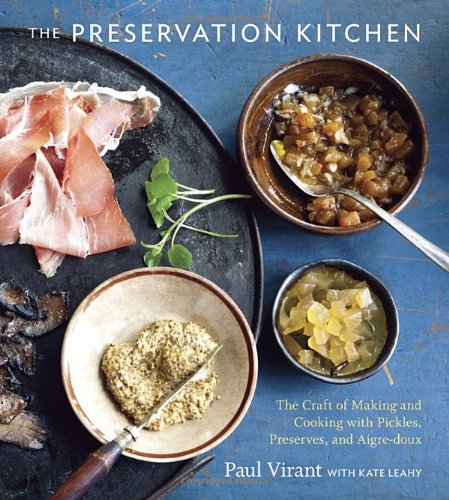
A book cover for The Preservation Kitchen: The Craft of Making and Cooking with Pickles, Preserves, and Aigre-doux; Paul Virant; Cookbooks, Food & Wine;